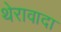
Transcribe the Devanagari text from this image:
थेरावादा